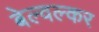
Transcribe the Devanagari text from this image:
बेल्वल्कर